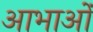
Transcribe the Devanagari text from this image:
आभाओं